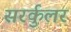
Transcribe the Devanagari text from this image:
सरर्कुलर